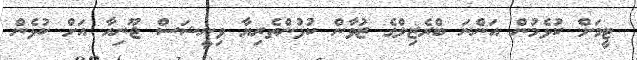
ޓީމަށް ކުޅެމުން އަންނަ ބްރެޒިލްގެ ޒުވާން ކުޅުންތެރިޔާ ވިނީޝަސް ޖޫނިއާ އަށް ކުޅެން